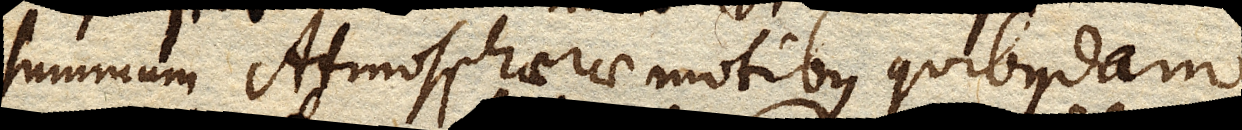
summum Atmosphaerae motibus quibusdam